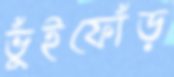
ভুঁইফোঁড়